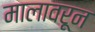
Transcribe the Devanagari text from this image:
मालावरून